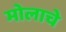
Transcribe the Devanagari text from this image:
मोलाचेे